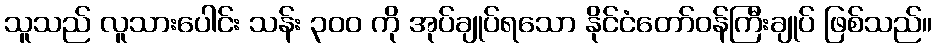
သူသည် လူသားပေါင်း သန်း ၃၀၀ ကို အုပ်ချုပ်ရသော နိုင်ငံတော်ဝန်ကြီးချုပ် ဖြစ်သည်။